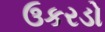
ઉકરડો